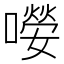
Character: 𡀼